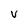
Character: V